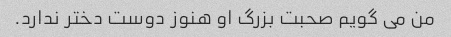
من می گویم صحبت بزرگ او هنوز دوست دختر ندارد.